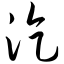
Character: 汔